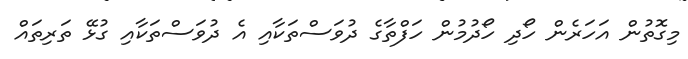
މިގޮތުން އަހަރެން ހޯދި ހޯދުމުން ހަފްތާގެ ދުވަސްތަކާއި އެ ދުވަސްތަކާއި ގުޅޭ ތަރިތައް